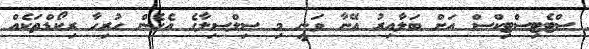
ސްޓެޓިސްޓިކްސް އަށް ބަލާއިރު އޭނާ ވަނީ މި ސިލްސިލާގެ އެހެން ހުރިހާ ރިކޯޑްތަކެއް